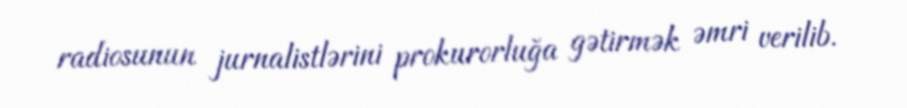
radiosunun jurnalistlərini prokurorluğa gətirmək əmri verilib.